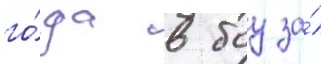
го́да в боу за́